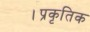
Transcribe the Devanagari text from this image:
।प्रकृतिक